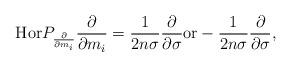
LaTeX: \begin{align*} \mbox{Hor} P_{\frac{\partial}{\partial m_i}}\frac{\partial}{\partial m_i} = \frac{1}{2n\sigma}\frac{\partial}{\partial\sigma} \mbox{or} -\frac{1}{2n\sigma}\frac{\partial}{\partial\sigma}, \end{align*}